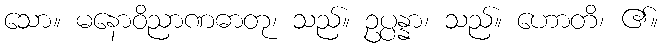
သော။ မနောဝိညာဏဓာတု၊ သည်။ ဥပ္ပန္နာ၊ သည်။ ဟောတိ၊ ၏။